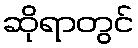
ဆိုရာတွင်